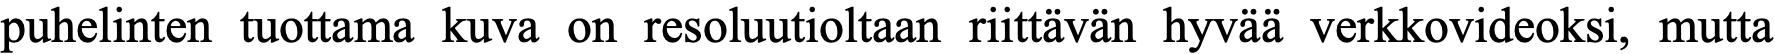
puhelinten tuottama kuva on resoluutioltaan riittävän hyvää verkkovideoksi, mutta